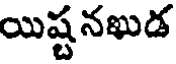
యిష్టనఖుడ